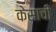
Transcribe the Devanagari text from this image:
केसाची